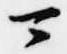
可